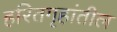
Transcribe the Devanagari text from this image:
हरितगृहांतील